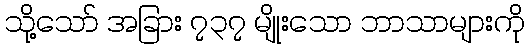
သို့သော် အခြား ၇၃၇ မျိုးသော ဘာသာများကို